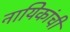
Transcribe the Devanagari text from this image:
नायिकांची